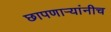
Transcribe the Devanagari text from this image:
छापणाऱ्यांनीच